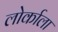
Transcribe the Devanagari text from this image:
लोर्काला